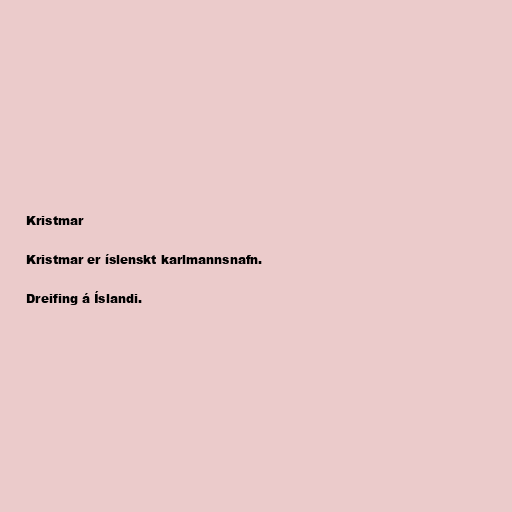
Kristmar

Kristmar er íslenskt karlmannsnafn.

Dreifing á Íslandi.